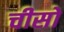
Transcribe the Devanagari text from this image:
चीसो